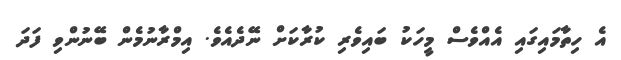
އެ ހިތާމައިގައި އެއްވެސް މީހަކު ބައިވެރި ކުރާކަށް ނޭދެއެވެ. އިމްރާނުމެން ބޭނުންވި ފަދަ